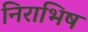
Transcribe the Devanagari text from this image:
निराभिष